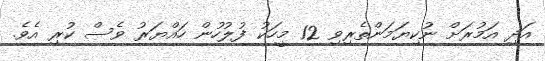
އަދި އަމުރަށް ނުކިޔަމަންތެރިވި 12 މީހަކު ފުލުހުން ހައްޔަރު ވެސް ކުރި އެވެ.